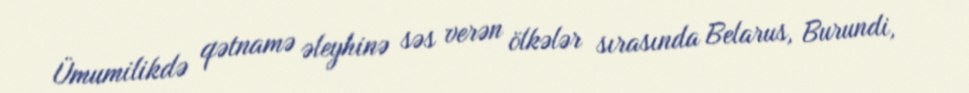
Ümumilikdə qətnamə əleyhinə səs verən ölkələr sırasında Belarus, Burundi,